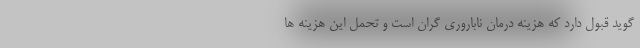
گوید قبول دارد که هزینه درمان ناباروری گران است و تحمل این هزینه ها